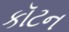
કૉટન